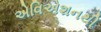
એવિએશનથી